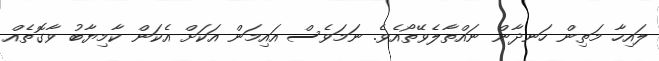
ލައިހާ މަތިން ހަނދާން ނައްތާލެވޭތޯއެވެ. ނަމަވެސް އައިމަން އަކަށް އެކަން ކާމިޔާބު ވާގޮތެއް